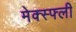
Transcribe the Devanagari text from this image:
मेक्स्फ्ली